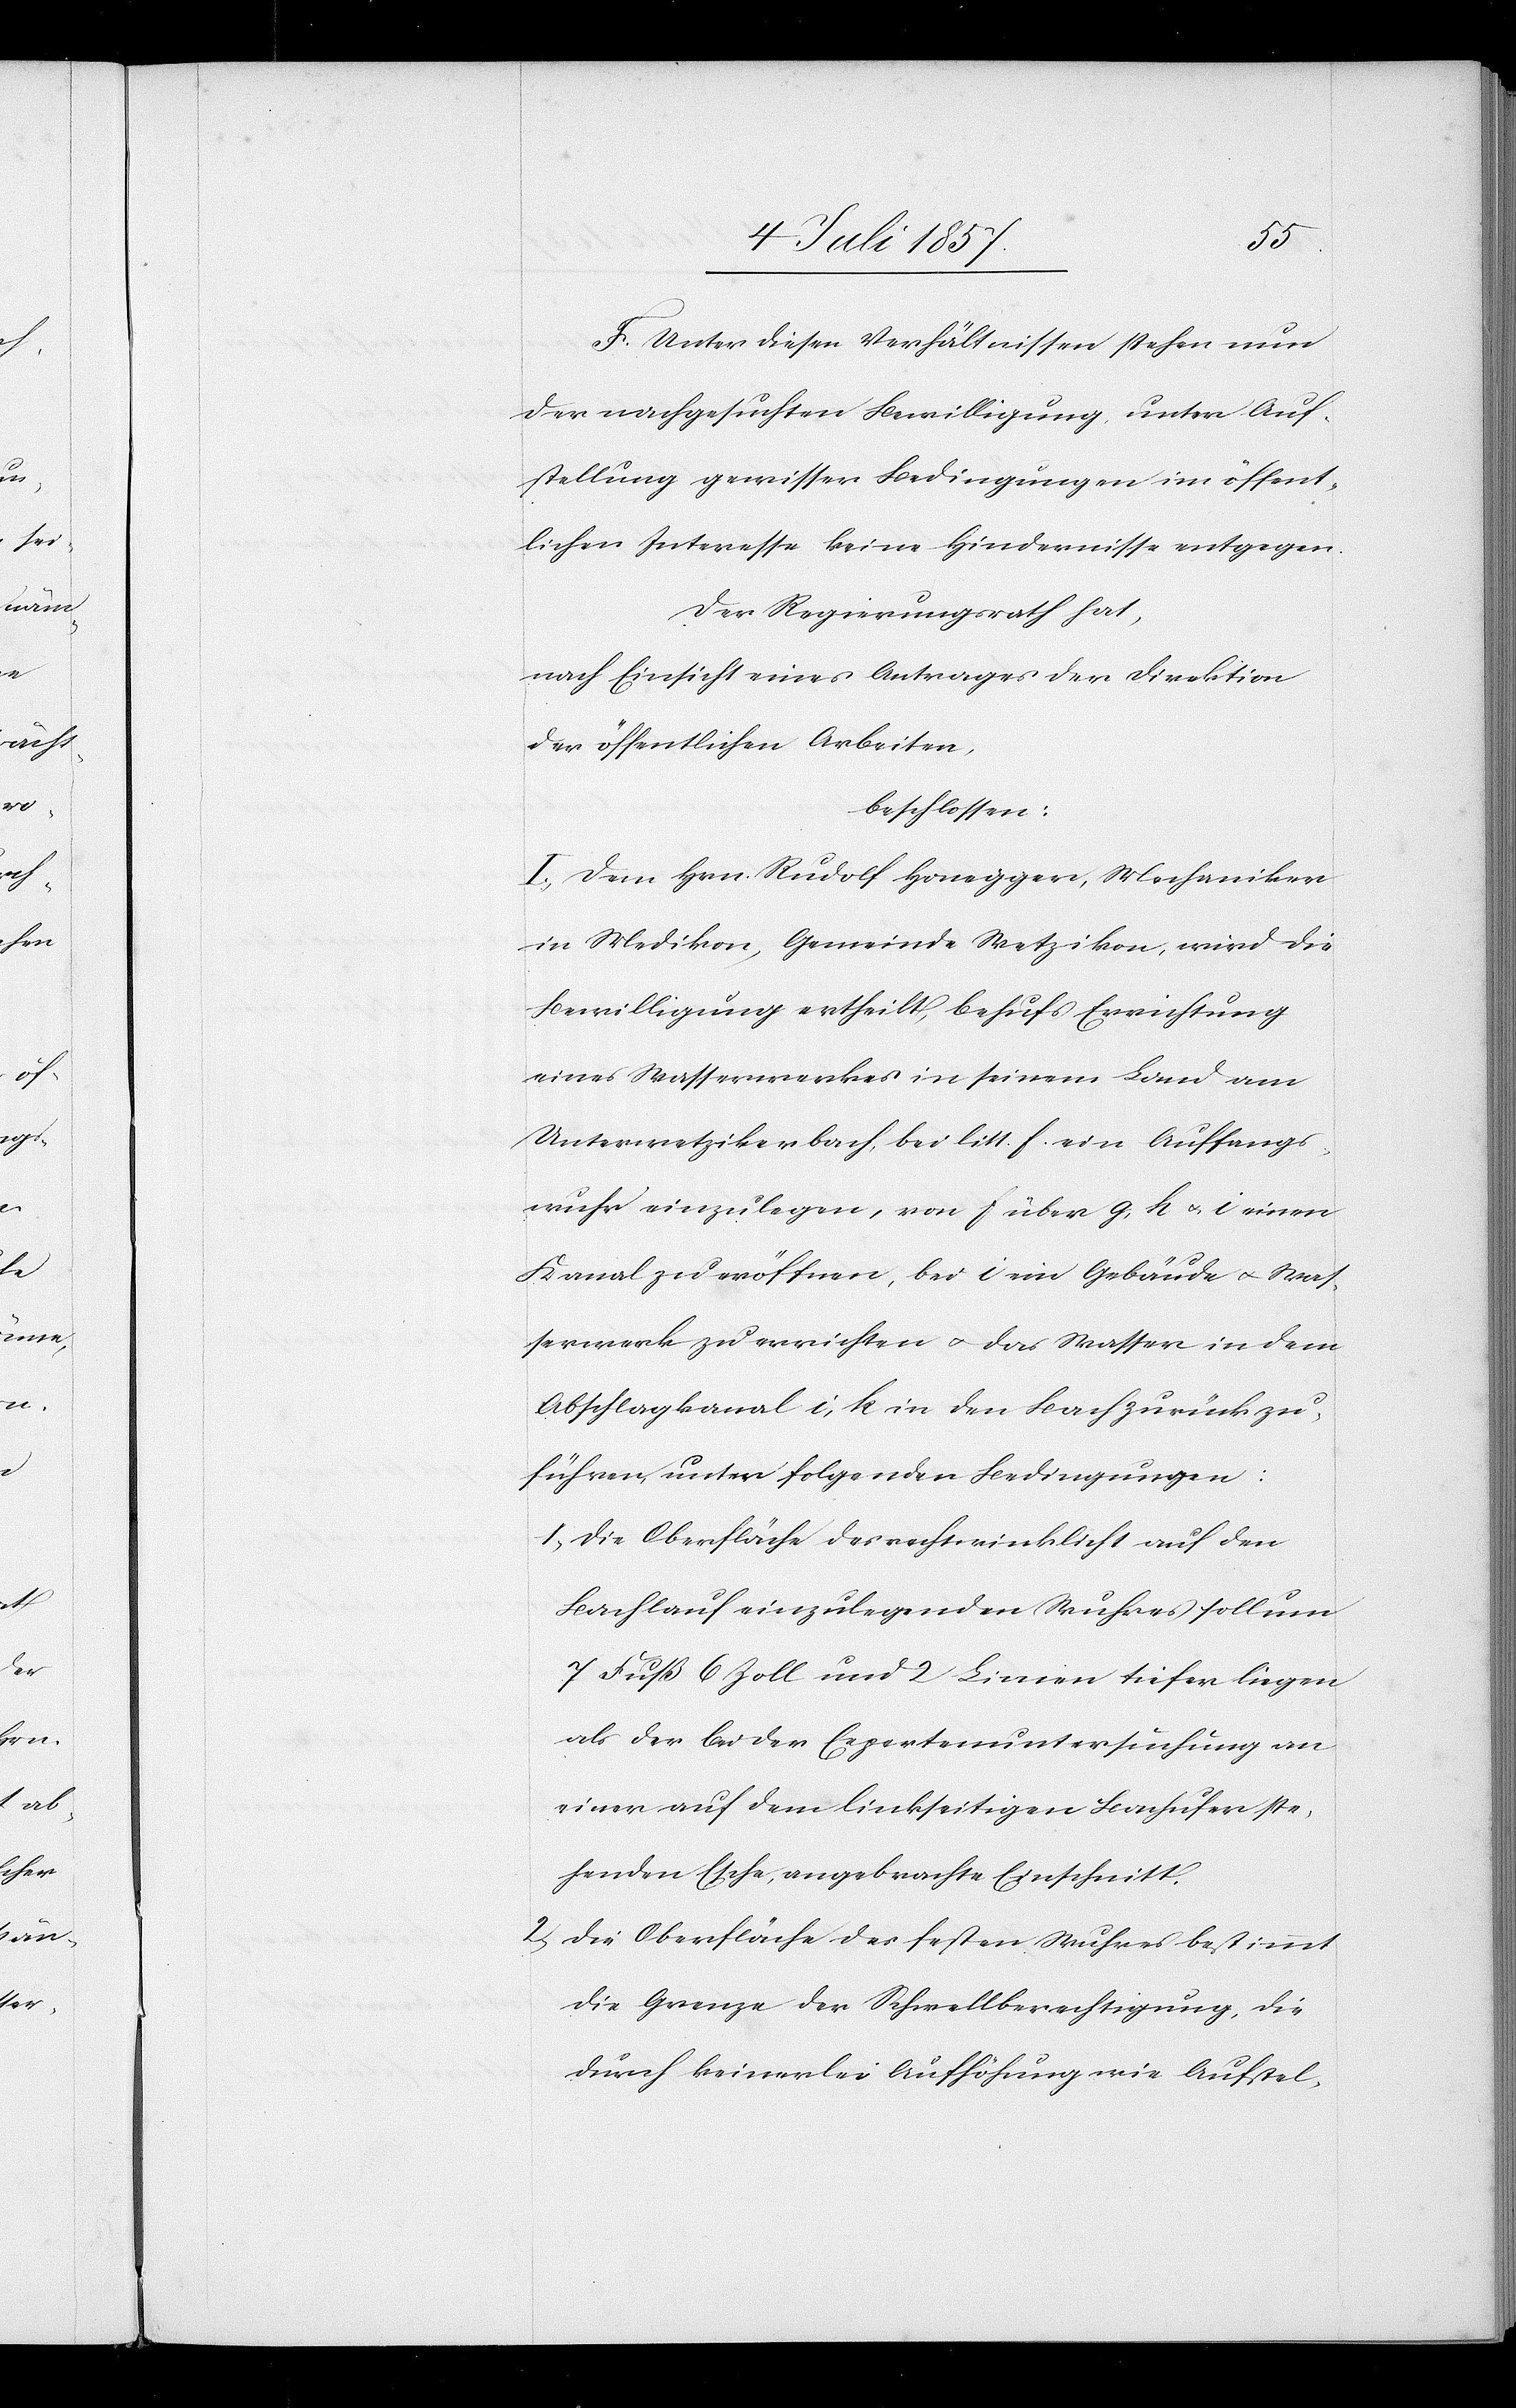
F. Unter diesen Verhältnissen stehen nun
der nachgesuchten Bewilligung unter Auf¬
stellung gewisser Bedingungen im öffent¬
lichen Interesse keine Hindernisse entgegen.
Der Regierungsrath hat,
nach Einsicht eines Antrages der Direktion
der öffentlichen Arbeiten,
beschlossen:
I. Dem Hrn. Rudolf Honegger, Mechaniker
in Medikon, Gemeinde Wetzikon, wird die
Bewilligung ertheilt, behufs Errichtung
eines Wasserrades in seinem Land vom
Unterwetzikerbach, bei litt. f. ein Auffangs¬
wuhr einzulegen, von f über g, h & i einen
Kanal zu eröffnen, bei i ein Gebäude & Was¬
serwerk zu errichten & das Wasser in dem
Abschlagkanal i, k in den Bach zurückzu¬
führen, unter folgenden Bedingungen:
1.) die Oberfläche des rechtwinklicht auf den
Bachlauf einzulegenden Wuhres soll um
7 Fuß 6 Zoll und 2 Linien tiefer liegen
als der bei der Expertenuntersuchung an
einer auf dem linkseitigen Bachufer ste¬
henden Esche, angebrachte Einschnitt.
2. Die Oberfläche des festen Wuhres bestimmt
die Grenze der Schwellberechtigung, die
durch keinerlei Aufhöhung wie Aufstel-